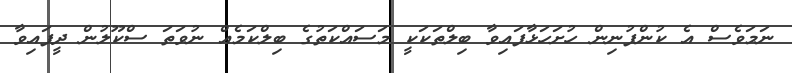
ނަމަވެސް އެ ކުންފުނިން ހުށަހަޅާފައިވާ ބިލްތަކަކީ މަސައްކަތުގެ ބިލްކަމެއް ނުވަތަ ސްކޫލުން ދީފައިވާ